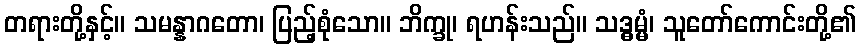
တရားတို့နှင့်။ သမန္နာဂတော၊ ပြည့်စုံသော။ ဘိက္ခု၊ ရဟန်းသည်။ သဒ္ဓမ္မံ၊ သူတော်ကောင်းတို့၏